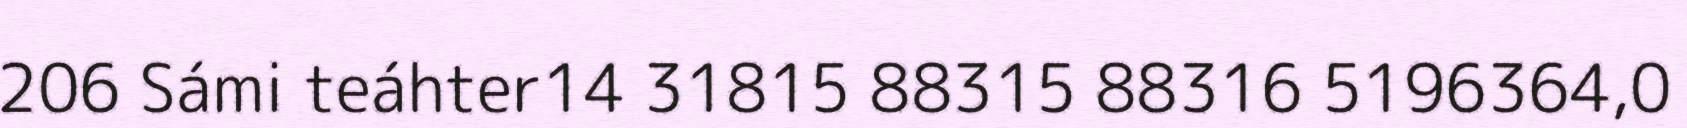
206 Sámi teáhter14 31815 88315 88316 5196364,0